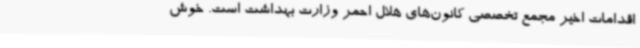
اقدامات اخیر مجمع تخصصی کانون‌های هلال احمر وزارت بهداشت است. خوش